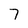
Character: 7